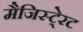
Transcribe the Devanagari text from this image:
मैजिस्टे्रट